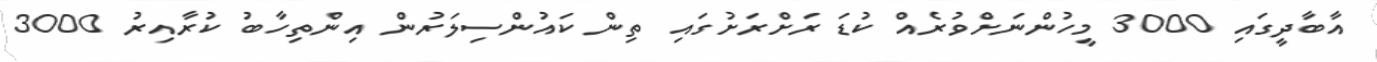
އާބާދީގައި 3000 މީހުންނަށްވުރެއް ކުޑަ ރަށްރަށުގައި ތިން ކައުންސިލަރުން އިންތިހާބު ކުރާއިރު 3000